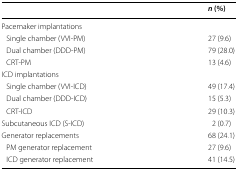
<table><thead><tr><td></td><td><b><i>n</i> (%)</b></td></tr></thead><tbody><tr><td colspan="2">Pacemaker implantations</td></tr><tr><td> Single chamber (VVI-PM)</td><td>27 (9.6)</td></tr><tr><td> Dual chamber (DDD-PM)</td><td>79 (28.0)</td></tr><tr><td> CRT-PM</td><td>13 (4.6)</td></tr><tr><td colspan="2">ICD implantations</td></tr><tr><td> Single chamber (VVI-ICD)</td><td>49 (17.4)</td></tr><tr><td> Dual chamber (DDD-ICD)</td><td>15 (5.3)</td></tr><tr><td> CRT-ICD</td><td>29 (10.3)</td></tr><tr><td>Subcutaneous ICD (S-ICD)</td><td>2 (0.7)</td></tr><tr><td>Generator replacements</td><td>68 (24.1)</td></tr><tr><td> PM generator replacement</td><td>27 (9.6)</td></tr><tr><td> ICD generator replacement</td><td>41 (14.5)</td></tr></tbody></table>